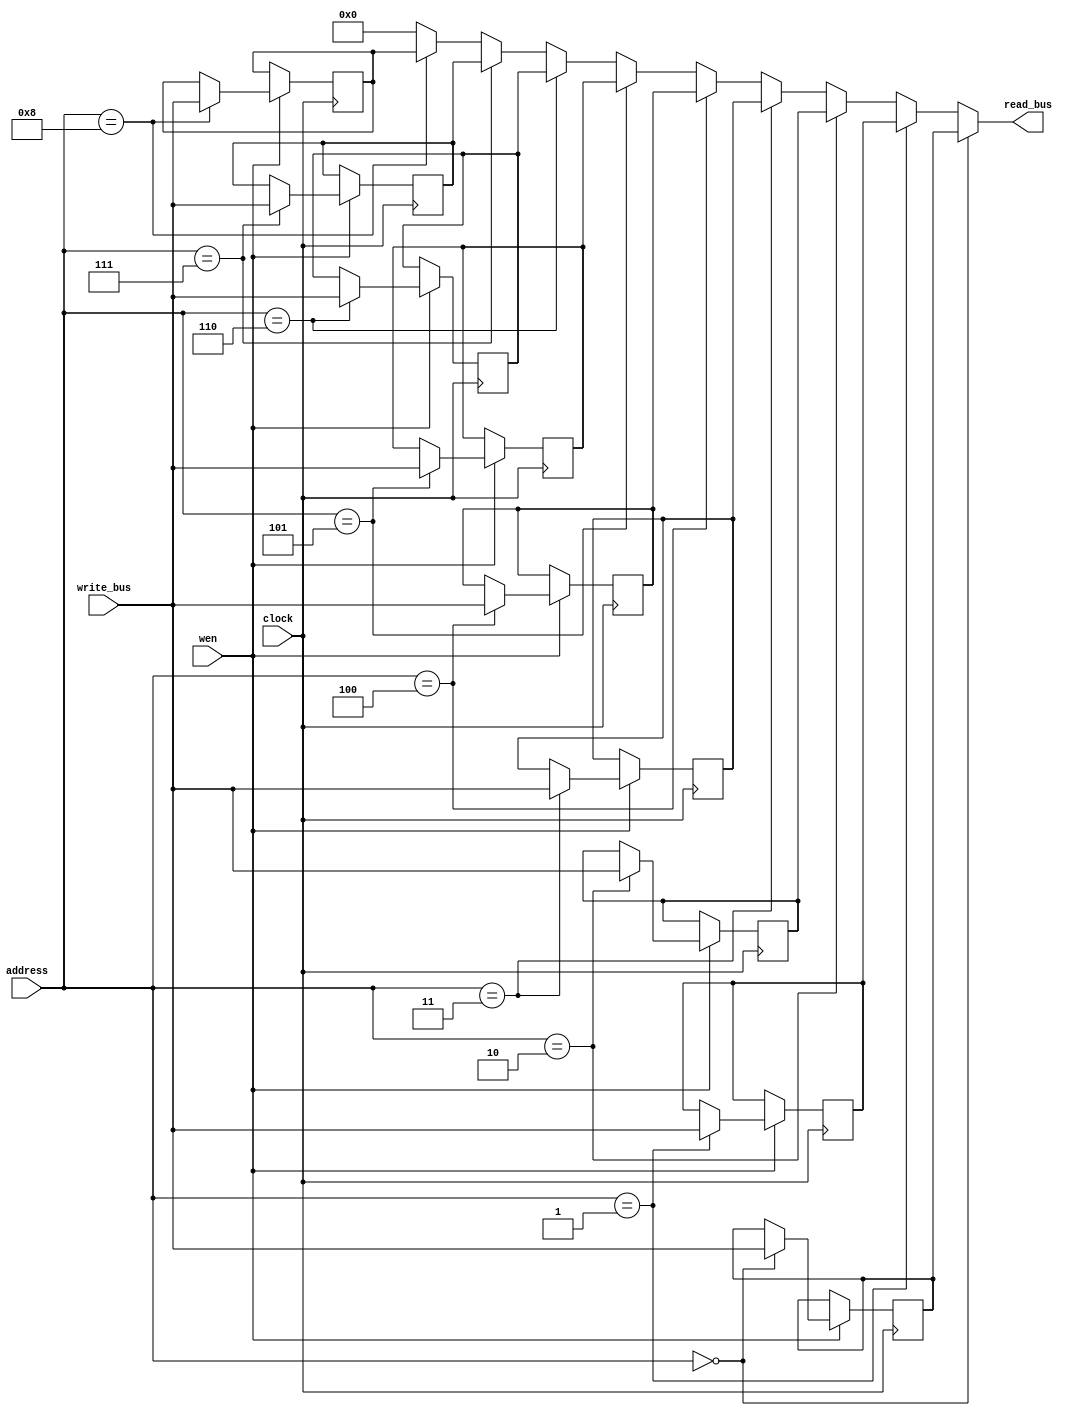
module register_file_9x16( input clock, input wen, input [3:0] address, input [15:0] write_bus, output wire[15:0] read_bus );

// Manually craft the registers as 9 is not a pow of 2
reg  [15:0] reg0, reg1, reg2, reg3, reg4, reg5, reg6, reg7, reg8;

always@(posedge clock)
	if( wen )
		case( address )
			0:    reg0 <= write_bus;
			1:    reg1 <= write_bus;
			2:    reg2 <= write_bus;
			3:    reg3 <= write_bus;
			4:    reg4 <= write_bus;
			5:    reg5 <= write_bus;
			6:    reg6 <= write_bus;
			7:    reg7 <= write_bus;
			8:    reg8 <= write_bus;
		endcase
		
assign read_bus = address == 0 ? reg0 :
                  address == 1 ? reg1 :
                  address == 2 ? reg2 :
                  address == 3 ? reg3 :
                  address == 4 ? reg4 :
                  address == 5 ? reg5 :
                  address == 6 ? reg6 :
                  address == 7 ? reg7 :
                  address == 8 ? reg8 : 0;

endmodule